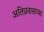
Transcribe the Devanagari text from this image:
अतिप्रवासाच्या